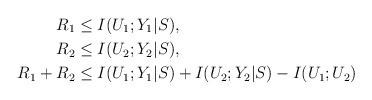
\begin{align*}R_1 &\leq I(U_1;Y_1|S),\\R_2 &\leq I(U_2;Y_2|S),\\R_1+R_2 &\leq I(U_1;Y_1|S)+I(U_2;Y_2|S)-I(U_1;U_2)\end{align*}